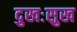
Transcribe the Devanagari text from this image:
दुखःसुख